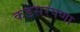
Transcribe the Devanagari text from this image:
कडसरपणा